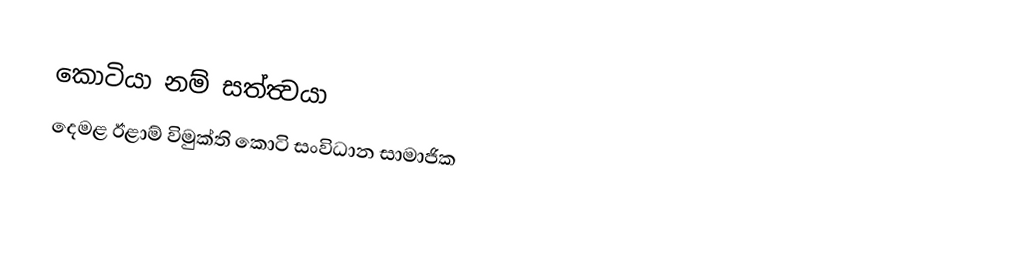
කොටියා නම් සත්ත්‍වයා
 දෙමළ ඊළාම් විමුක්ති කොටි සංවිධාන සාමාජික